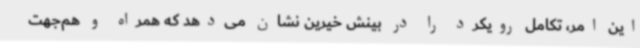
این امر، تکامل رویکرد را در بینش خیرین نشان می‌دهد که همراه و هم‌جهت